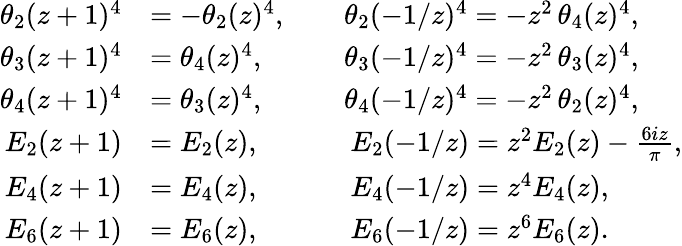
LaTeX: \begin{array}{rl}{\theta_{2}(z+1)^{4}}&{=-\theta_{2}(z)^{4},\qquad\theta_{2}(-1/z)^{4}=-z^{2}\, \theta_{4}(z)^{4},}\\ {\theta_{3}(z+1)^{4}}&{=\theta_{4}(z)^{4},\phantom{-}\qquad\theta_{3}(-1/z)^{4}=-z^{2}\, \theta_{3}(z)^{4},}\\ {\theta_{4}(z+1)^{4}}&{=\theta_{3}(z)^{4},\phantom{-}\qquad\theta_{4}(-1/z)^{4}=-z^{2}\, \theta_{2}(z)^{4},}\\ {E_{2}(z+1)}&{=E_{2}(z),\qquad\quad\, E_{2}(-1/z)=z^{2}E_{2}(z)-\frac{6iz}{\pi},}\\ {E_{4}(z+1)}&{=E_{4}(z),\qquad\quad\, E_{4}(-1/z)=z^{4}E_{4}(z),}\\ {E_{6}(z+1)}&{=E_{6}(z),\qquad\quad\, E_{6}(-1/z)=z^{6}E_{6}(z).}\end{array}